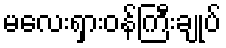
မလေးရှားဝန်ကြီးချုပ်